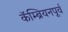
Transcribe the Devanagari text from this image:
कॅम्ब्रियनपूर्व